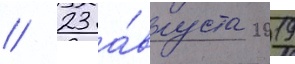
// 23 а́вгуста 2019